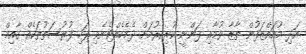
އަދި މުއައްޒަފުން ތާޒާ ވުމާއި ފަންނީ ކުރިއެރުމަށް ދެމެހެއްޓެނެވި ފަހި ފުރުސަތުތަކެއް ގާއިމް